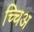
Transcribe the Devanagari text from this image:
च्चिअ